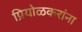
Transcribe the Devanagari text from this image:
प्रियोळकरांना